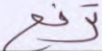
ترفع